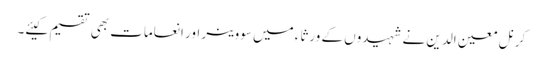
کرنل معین الدین نے شہیدوں کے ورثاء میں سووینر اور انعامات بھی تقسیم کیئے۔